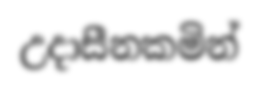
උදාසීනකමින්